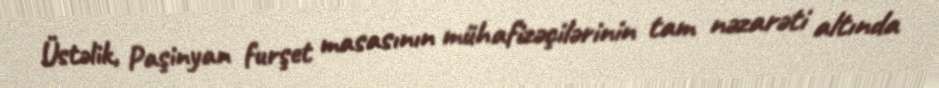
Üstəlik, Paşinyan furşet masasının mühafizəçilərinin tam nəzarəti altında